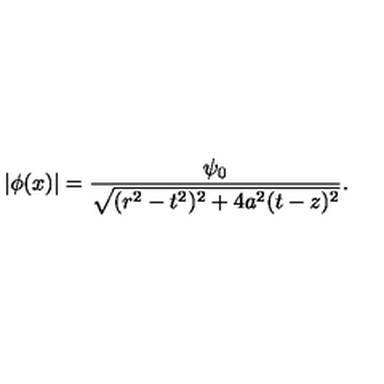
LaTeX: | \phi ( x ) | = { \frac { \psi _ { 0 } } { \sqrt { ( r ^ { 2 } - t ^ { 2 } ) ^ { 2 } + 4 a ^ { 2 } ( t - z ) ^ { 2 } } } } .